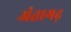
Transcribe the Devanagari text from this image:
अंतागढ़